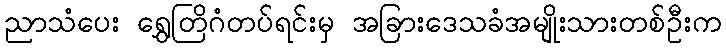
ညာသံပေး ရွှေတြိဂံတပ်ရင်းမှ အခြားဒေသခံအမျိုးသားတစ်ဦးက